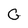
Character: G